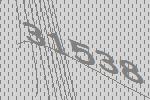
31538